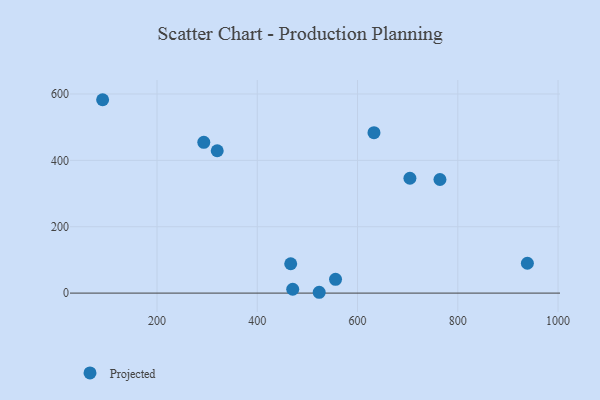
{"axis": {"x": "Investment", "y": "Demand"}, "legend": ["Projected"], "data": [{"x": "764.4", "y": 342.3, "type": "Projected"}, {"x": "632.8", "y": 483.5, "type": "Projected"}, {"x": "293.3", "y": 454.4, "type": "Projected"}, {"x": "320.1", "y": 429.0, "type": "Projected"}, {"x": "523.5", "y": 2.5, "type": "Projected"}, {"x": "556.1", "y": 41.4, "type": "Projected"}, {"x": "704.5", "y": 346.1, "type": "Projected"}, {"x": "91.5", "y": 582.7, "type": "Projected"}, {"x": "470.7", "y": 11.6, "type": "Projected"}, {"x": "938.8", "y": 89.9, "type": "Projected"}, {"x": "466.7", "y": 88.5, "type": "Projected"}]}